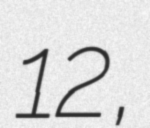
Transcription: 12,